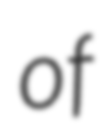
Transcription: of